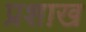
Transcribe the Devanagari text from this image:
प्रशाख